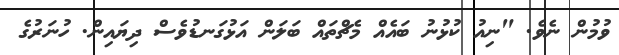
ވުމުން ނެވެ. "ނިއު ކުޅުނު ބައެއް މެޗްތައް ބަލަން އަޅުގަނޑުވެސް ދިޔައިން. ހުނަރުގެ